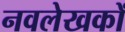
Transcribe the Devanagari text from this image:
नवलेखकों